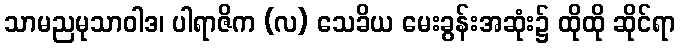
သာမညမုသာဝါဒ၊ ပါရာဇိက (လ) သေခိယ မေးခွန်းအဆုံး၌ ထိုထို ဆိုင်ရာ